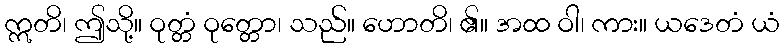
ဣတိ၊ ဤသို့။ ဝုတ္တံ ဝုတ္တော၊ သည်။ ဟောတိ၊ ၏။ အထ ဝါ၊ ကား။ ယဒေတံ ယံ